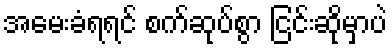
အမေးခံရရင် စက်ဆုပ်စွာ ငြင်းဆိုမှာပဲ